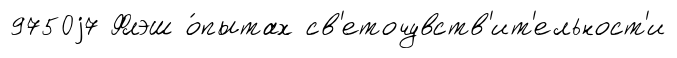
9750j7 Флэш о́пытах св'еточувств'ит'ельност'и